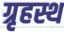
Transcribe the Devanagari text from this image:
ग्रृहस्थ